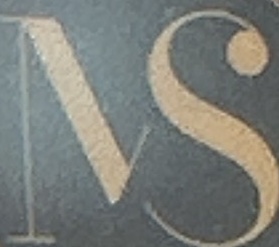
MS